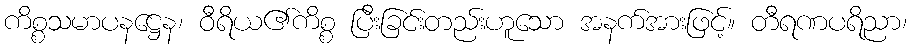
ကိစ္စသမာပနဋ္ဌေန၊ ဝီရိယ၏ကိစ္စ ပြီးခြင်းတည်းဟူသော အနက်အားဖြင့်။ တီရဏပရိညာ၊